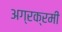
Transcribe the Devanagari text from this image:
अग्रक्रमी